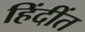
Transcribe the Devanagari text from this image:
हिंदींत